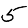
Digit: 5